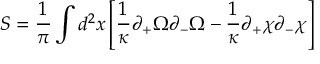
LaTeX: S = \frac { 1 } { \pi } \int \/ d ^ { 2 } x \left[ \frac { 1 } { \kappa } \partial _ { + } \Omega \partial _ { - } \Omega - \frac { 1 } { \kappa } \partial _ { + } \chi \partial _ { - } \chi \right]